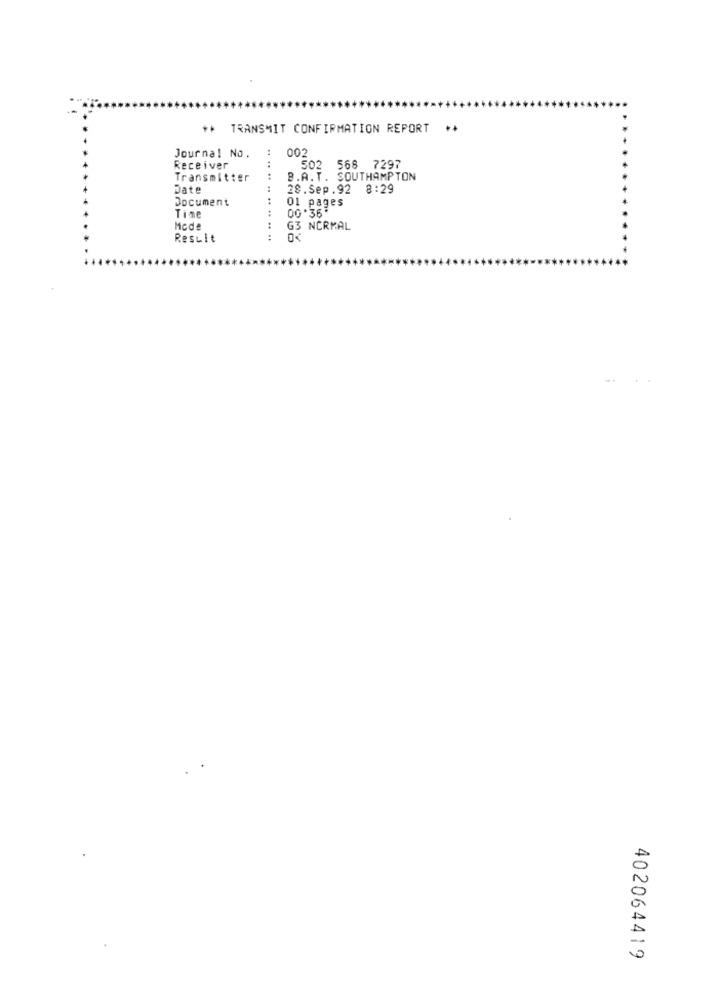
** TRANSMIT CONFIRMATION REPORT **
:
002
Journal No.
Receiver
502 568 7297
Transmitter
.. ..
B.A.T. SOUTHAMPTON
Date
28.Sep.92 8:29
Document
+4
01 pages
Time
00 .36"
Mcde
G3 NORMAL
Result
...
402064419